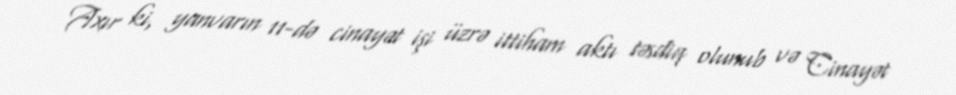
Axır ki, yanvarın 11-də cinayət işi üzrə ittiham aktı təsdiq olunub və Cinayət